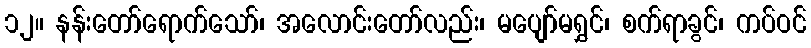
၁၂။ နန်းတော်ရောက်သော်၊ အလောင်းတော်လည်း၊ မပျော်မရွှင်၊ စက်ရာခွင်၊ ကပ်ဝင်